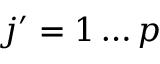
j ^ { \prime } = 1 \ldots p